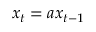
x _ { t } = a x _ { t - 1 }